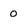
Character: 0